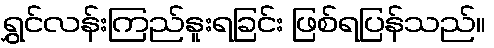
ရွှင်လန်းကြည်နူးရခြင်း ဖြစ်ရပြန်သည်။